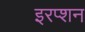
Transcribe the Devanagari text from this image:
इरप्शन